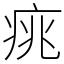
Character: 𤶃